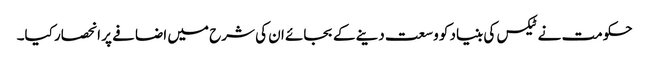
حکومت نے ٹیکس کی بنیاد کو وسعت دینے کے بجائے ان کی شرح میں اضافے پر انحصار کیا۔